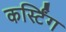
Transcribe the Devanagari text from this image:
कर्स्टिंग